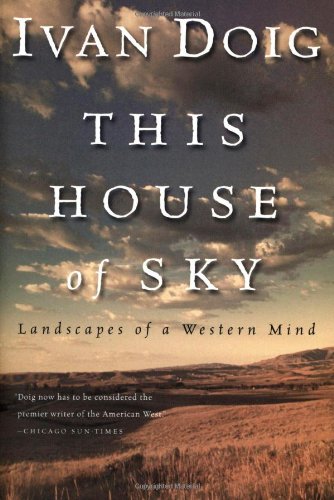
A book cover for This House of Sky: Landscapes of a Western Mind; Ivan Doig; Biographies & Memoirs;